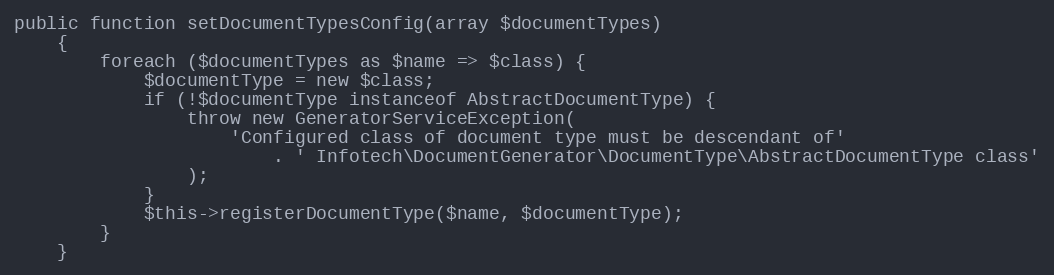
Language: PHP
public function setDocumentTypesConfig(array $documentTypes)
    {
        foreach ($documentTypes as $name => $class) {
            $documentType = new $class;
            if (!$documentType instanceof AbstractDocumentType) {
                throw new GeneratorServiceException(
                    'Configured class of document type must be descendant of'
                        . ' Infotech\DocumentGenerator\DocumentType\AbstractDocumentType class'
                );
            }
            $this->registerDocumentType($name, $documentType);
        }
    }